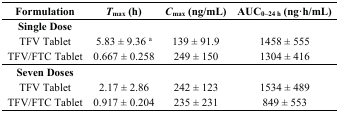
| Formulation | Tmax (h) | Cmax (ng/mL) | AUC0–24 h (ng·h/mL) |
 | --- | --- | --- | --- |
 | Single Dose |  |  |  |
 | TFV Tablet | 5.83 ± 9.36 a | 139 ± 91.9 | 1458 ± 555 |
 | TFV/FTC Tablet | 0.667 ± 0.258 | 249 ± 150 | 1304 ± 416 |
 | Seven Doses |  |  |  |
 | TFV Tablet | 2.17 ± 2.86 | 242 ± 123 | 1534 ± 489 |
 | TFV/FTC Tablet | 0.917 ± 0.204 | 235 ± 231 | 849 ± 553 |